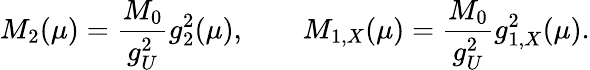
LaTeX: M_{2}(\mu)={\frac{M_{0}}{g_{U}^{2}}}g_{2}^{2}(\mu),\qquad M_{1,X}(\mu)={\frac{M_{0}}{g_{U}^{2}}}g_{1,X}^{2}(\mu).